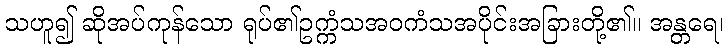
သဟူ၍ ဆိုအပ်ကုန်သော ရုပ်၏ဥက္ကံသအဝကံသအပိုင်းအခြားတို့၏။ အန္တရေ၊